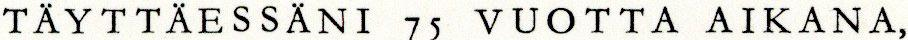
TAYTTAESSANI 75 VUOTTA AIKANA,